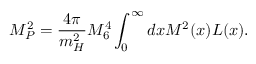
M _ { P } ^ { 2 } = \frac { 4 \pi } { m _ { H } ^ { 2 } } M _ { 6 } ^ { 4 } \int _ { 0 } ^ { \infty } d x M ^ { 2 } ( x ) { \cal L } ( x ) .